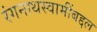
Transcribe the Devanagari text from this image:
रंगनाथस्वामींबद्दल